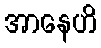
အာနေဟိ